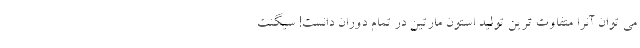
می توان آنرا متفاوت ترین تولید استون مارتین در تمام دوران دانست! سیگنت